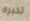
تخبره